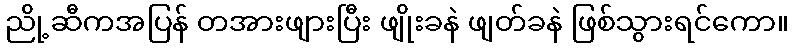
ညို့ဆီကအပြန် တအားဖျားပြီး ဖျိုးခနဲ ဖျတ်ခနဲ ဖြစ်သွားရင်ကော။